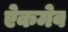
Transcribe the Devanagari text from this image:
ऐकमेव